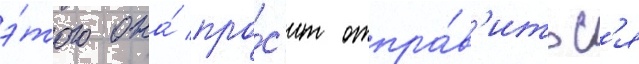
э́того она́ про́с'ит отпра́в'итьс'я